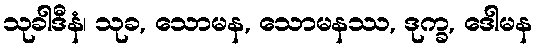
သုခါဒီနံ၊ သုခ, သောမန, သောမနဿ, ဒုက္ခ, ဒေါမန